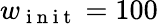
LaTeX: w_{\mathrm{~i~n~i~t~}}=100